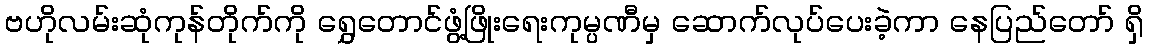
ဗဟိုလမ်းဆုံကုန်တိုက်ကို ရွှေတောင်ဖွံ့ဖြိုးရေးကုမ္ပဏီမှ ဆောက်လုပ်ပေးခဲ့ကာ နေပြည်တော် ရှိ